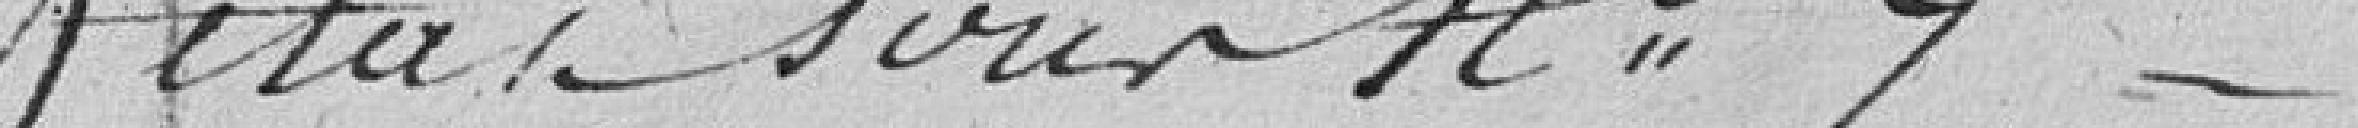
état soustraction